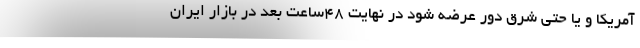
آمریکا و یا حتی شرق دور عرضه شود در نهایت ۴۸ساعت بعد در بازار ایران